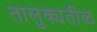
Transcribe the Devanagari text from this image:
तालुक्यतीळ